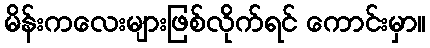
မိန်းကလေးများဖြစ်လိုက်ရင် ကောင်းမှာ။